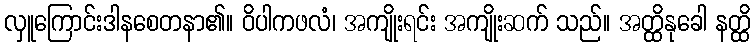
လှူကြောင်းဒါနစေတနာ၏။ ဝိပါကဖလံ၊ အကျိုးရင်း အကျိုးဆက် သည်။ အတ္ထိနုခေါ နတ္ထိ